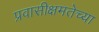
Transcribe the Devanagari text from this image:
प्रवासीक्षमतेच्या